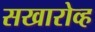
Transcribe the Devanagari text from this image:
सखारोव्ह